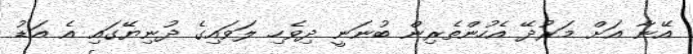
އޭނާ އަށް މަރުދޭ އެހުންތެރިން ބުނަނީ ދިވެހި ލަވައިގެ ދުނިޔޭގައި އެ އަޑު